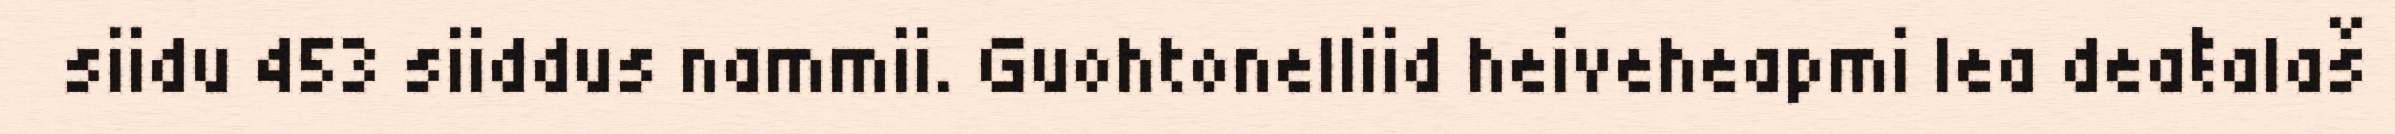
siidu 453 siiddus nammii. Guohtonelliid heiveheapmi lea deaŧalaš